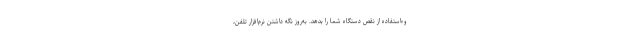
وءاستفاده از نقص دستگاه شما را بدهد. به‌روز نگه داشتن نرم‌افزار تلفن،